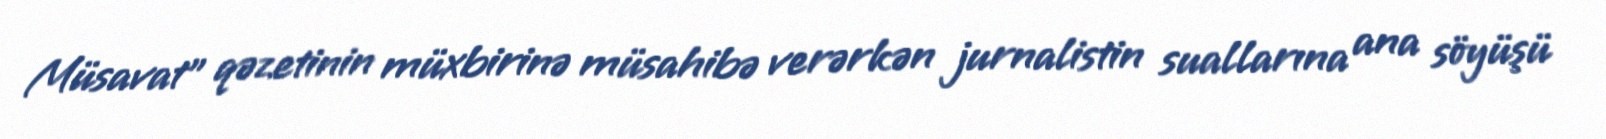
Müsavat” qəzetinin müxbirinə müsahibə verərkən jurnalistin suallarına ana söyüşü